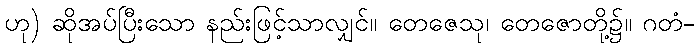
ဟု) ဆိုအပ်ပြီးသော နည်းဖြင့်သာလျှင်။ တေဇေသု၊ တေဇောတို့၌။ ဂတံ-